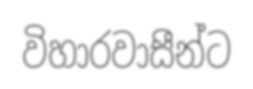
විහාරවාසීන්ට